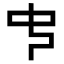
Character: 𠁧